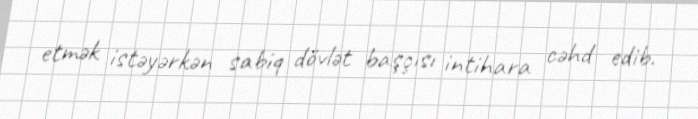
etmək istəyərkən sabiq dövlət başçısı intihara cəhd edib.